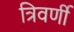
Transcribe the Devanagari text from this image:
त्रिवर्णी